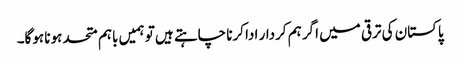
پاکستان کی ترقی میں اگر ہم کردار ادا کرنا چاہتے ہیں تو ہمیں باہم متحد ہونا ہوگا۔